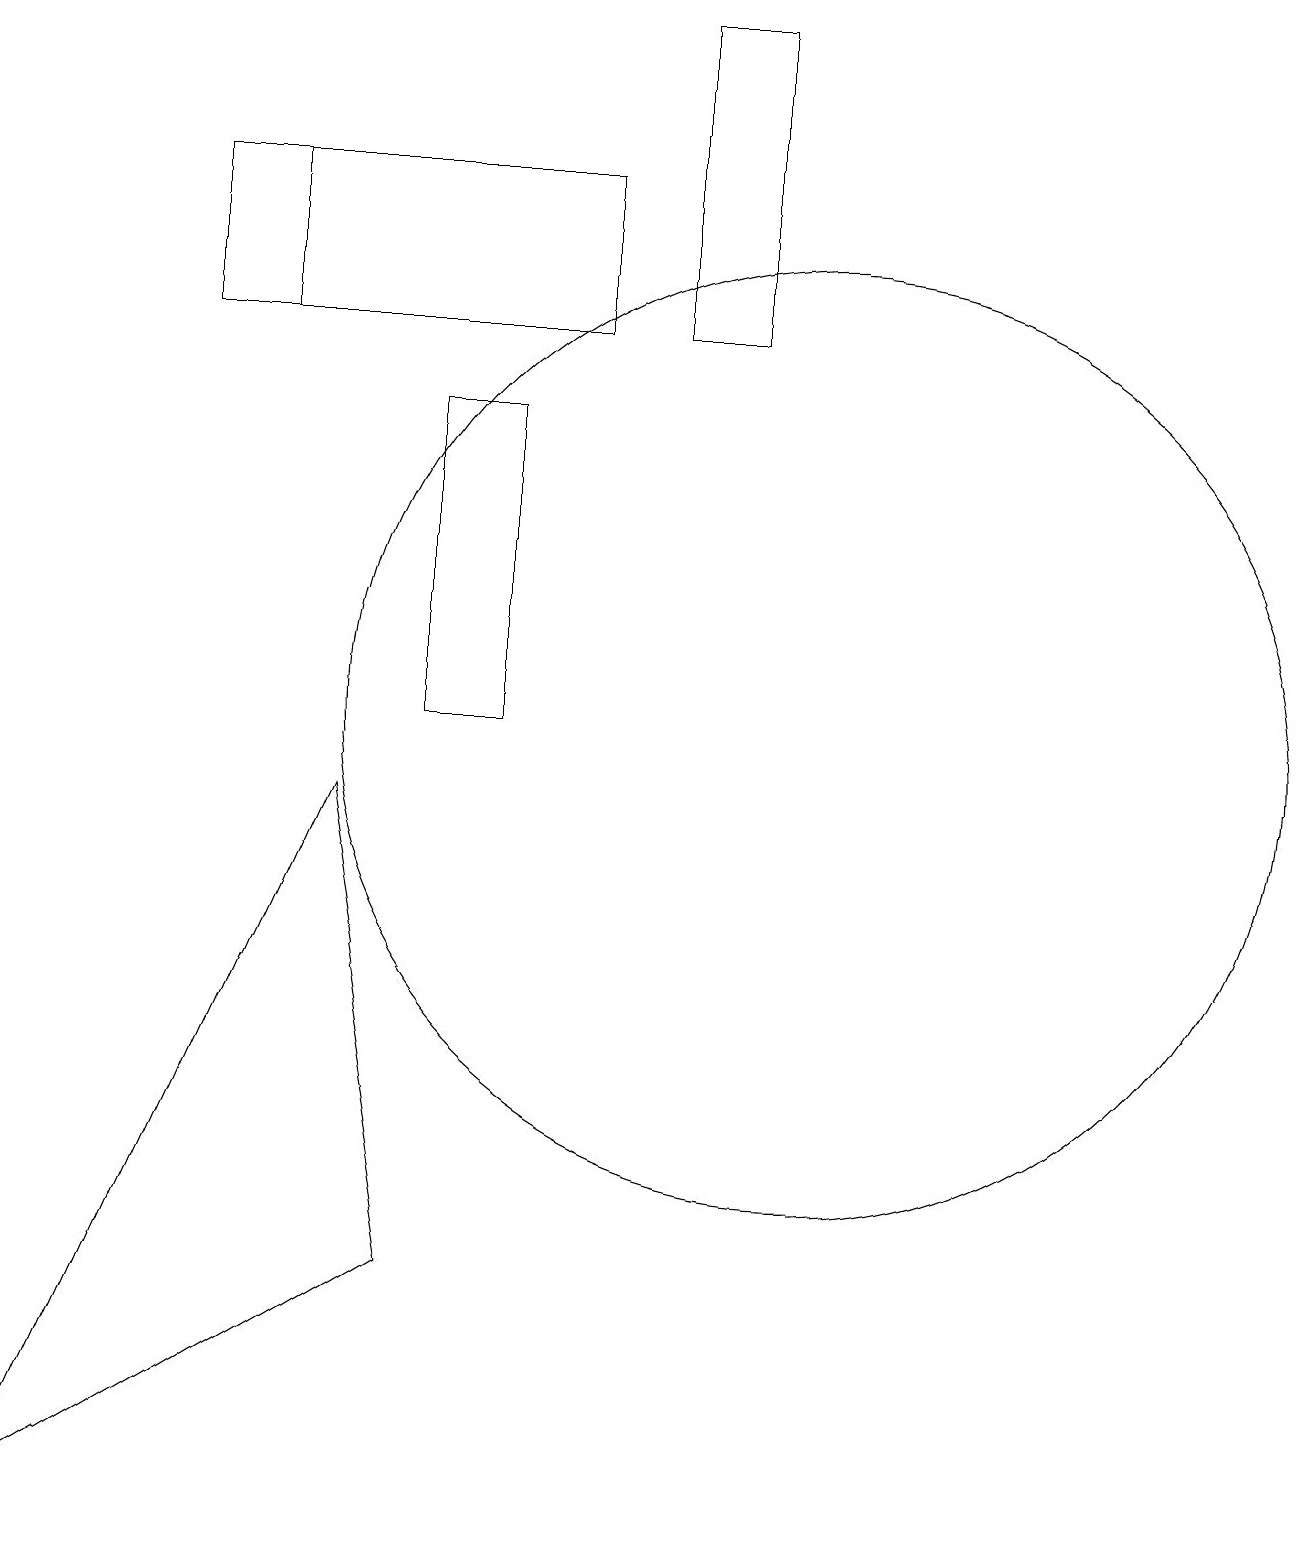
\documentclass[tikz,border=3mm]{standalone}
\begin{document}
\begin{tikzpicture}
\draw (10,10) circle (6);
\draw (10,12) circle (0);
\draw (7,15) rectangle (3,17);
\draw (5,14) rectangle (6,10);
\draw (2,15) rectangle (7,17);
\draw (8,19) rectangle (9,15);
\draw (5,3) -- (4,9) -- (0,0) -- cycle;
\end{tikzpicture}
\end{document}